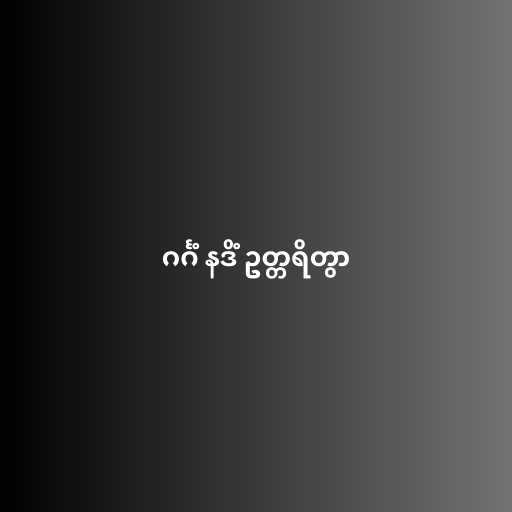
ဂင်္ဂံ နဒိံ ဥတ္တရိတွာ